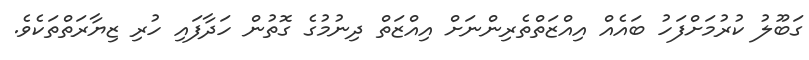
ގަބޫލު ކުރުމަށްފަހު ބައެއް އިއްޒަތްތެރިންނަށް އިއްޒަތް ދިނުމުގެ ގޮތުން ހަދާފައި ހުރި ޒިޔާރަތްތަކެވެ.